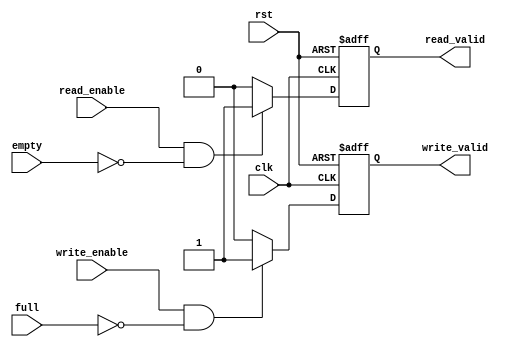
module fifo_timing_control(
    input wire clk,
    input wire rst,
    input wire read_enable,
    input wire write_enable,
    input wire empty,
    input wire full,
    output reg read_valid,
    output reg write_valid
);

always @(posedge clk or posedge rst) begin
    if (rst) begin
        read_valid <= 0;
        write_valid <= 0;
    end else begin
        if (read_enable && !empty) begin
            read_valid <= 1;
        end else begin
            read_valid <= 0;
        end
        
        if (write_enable && !full) begin
            write_valid <= 1;
        end else begin
            write_valid <= 0;
        end
    end
end

endmodule